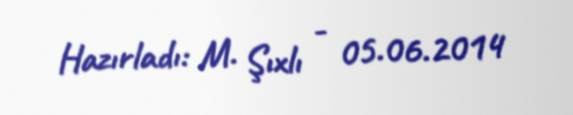
Hazırladı: M. Şıxlı - 05.06.2014